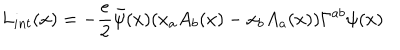
L _ { i n t } ( x ) = - \frac { e } { 2 } \bar { \psi } ( x ) ( x _ { a } A _ { b } ( x ) - x _ { b } A _ { a } ( x ) ) \Gamma ^ { a b } \psi ( x )